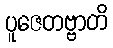
ပူဇေတဗ္ဗာတိ